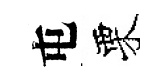
屯栗